画像に写った文字を読んでください
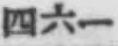
「四六一」と書いてあります